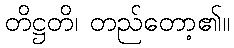
တိဋ္ဌတိ၊ တည်တော့၏။